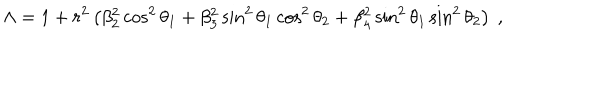
LaTeX: \Lambda = 1 + r ^ { 2 } \left( \beta _ { 2 } ^ { 2 } \cos ^ { 2 } \theta _ { 1 } + \beta _ { 3 } ^ { 2 } \sin ^ { 2 } \theta _ { 1 } \cos ^ { 2 } \theta _ { 2 } + \beta _ { 4 } ^ { 2 } \sin ^ { 2 } \theta _ { 1 } \sin ^ { 2 } \theta _ { 2 } \right) ~ ,